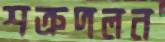
শত্রুদলন